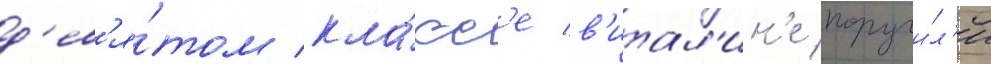
д'ев'я́том кла́сс'е в'итал'ин'е поручи́л'и